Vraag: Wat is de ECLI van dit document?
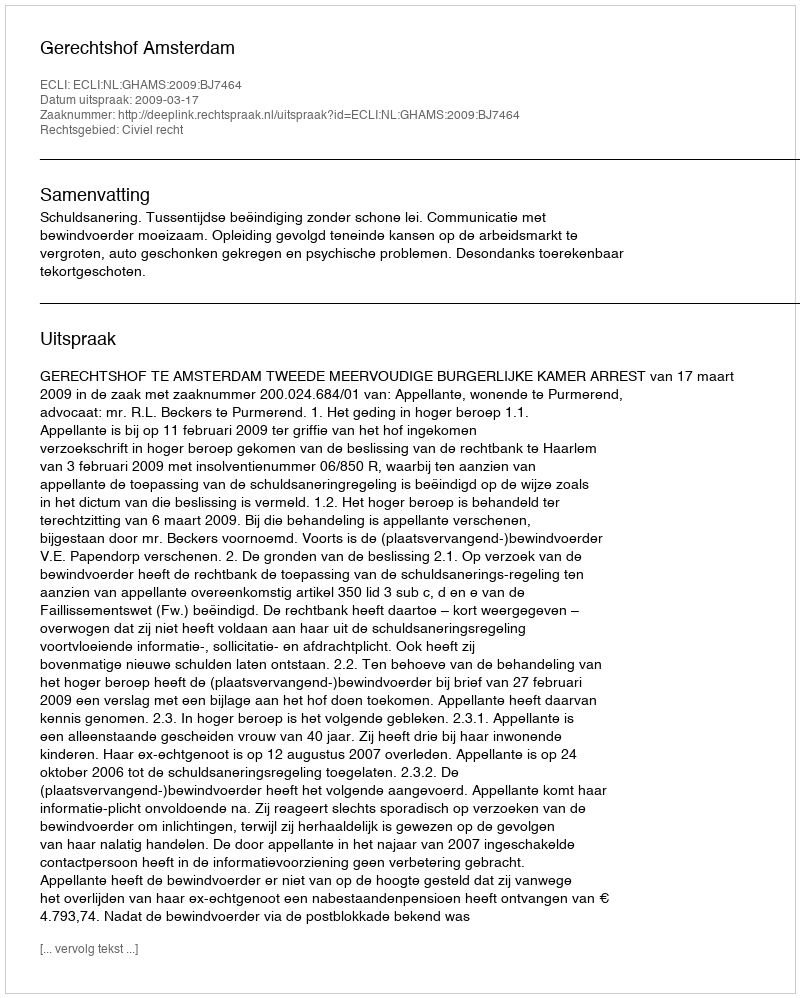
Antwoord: ECLI:NL:GHAMS:2009:BJ7464